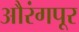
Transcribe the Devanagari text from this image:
औरंगपूर